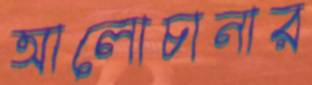
আলোচানার